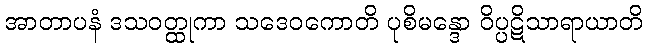
အာတာပနံ ဒသဝတ္ထုကာ သဒေဝကောတိ ပုစိမန္ဒော ဝိပ္ပဋိသာရာယာတိ